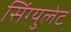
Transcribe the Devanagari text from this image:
सिंग्युलेट